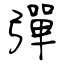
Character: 彈